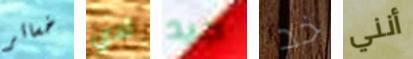
خسائر لدي جيد خد أنني